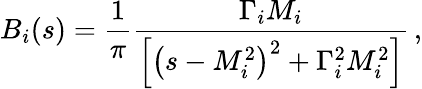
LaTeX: B_{i}(s)=\frac{1}{\pi}\frac{\Gamma_{i}M_{i}}{\left[\left(s-M_{i}^{2}\right)^{2}+\Gamma_{i}^{2}M_{i}^{2}\right]}\, ,